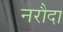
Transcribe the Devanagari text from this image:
नरौदा